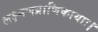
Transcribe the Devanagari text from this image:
लक्ष्मणप्राणिकायाः।